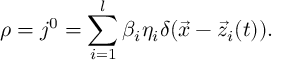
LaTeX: \rho = j ^ { 0 } = \sum _ { i = 1 } ^ { l } \beta _ { i } \eta _ { i } \delta ( \vec { x } - \vec { z } _ { i } ( t ) ) .